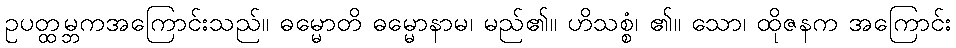
ဥပတ္ထမ္ဘကအကြောင်းသည်။ ဓမ္မောတိ ဓမ္မောနာမ၊ မည်၏။ ဟိသစ္စံ၊ ၏။ သော၊ ထိုဇနက အကြောင်း